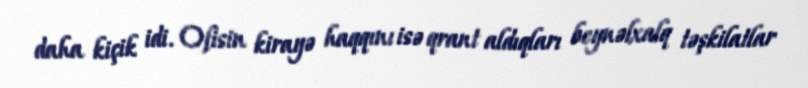
daha kiçik idi. Ofisin kirayə haqqını isə qrant aldıqları beynəlxalq təşkilatlar